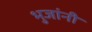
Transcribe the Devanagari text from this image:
भुजांनी